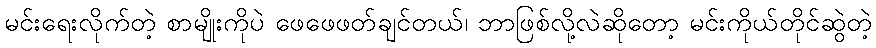
မင်းရေးလိုက်တဲ့ စာမျိုးကိုပဲ ဖေဖေဖတ်ချင်တယ်၊ ဘာဖြစ်လို့လဲဆိုတော့ မင်းကိုယ်တိုင်ဆွဲတဲ့